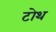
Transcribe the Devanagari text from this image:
टोथ